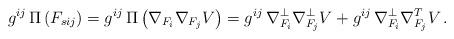
LaTeX: \begin{align*} g^{ij} \, \Pi \left( F_{sij} \right) &= g^{ij} \, \Pi \left( \nabla_{F_i} \nabla_{F_j} V \right) = g^{ij} \, \nabla_{F_i}^{\perp} \nabla_{F_j}^{\perp} V + g^{ij} \, \nabla_{F_i}^{\perp} \nabla_{F_j}^T V \, .\end{align*}